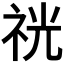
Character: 𥙑